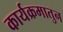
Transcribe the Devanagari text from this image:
कार्यक्रमातुन